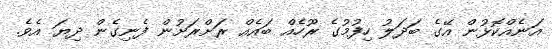
އަނެއްކޮޅުން އޭގެ ބަދަލު ހިފުމުގެ ރޫހެއް ބައެއް ރަށްރަށުން ފެނިގެން ދިޔަ އެވެ.